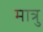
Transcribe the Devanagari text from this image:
मात्रु